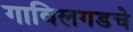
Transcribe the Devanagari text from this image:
गाविलगडचे